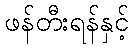
ဖန်တီးရန်နှင့်